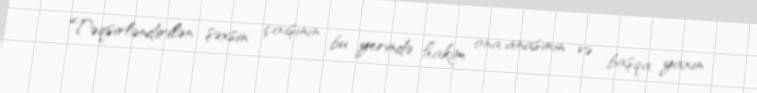
Təqsirləndirilən şəxsin çıxışının bu yerində hakim ona anasının və başqa yaxın